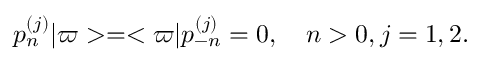
p _ { n } ^ { ( j ) } \vert \varpi > = < \varpi \vert p _ { - n } ^ { ( j ) } = 0 , \quad n > 0 , j = 1 , 2 .